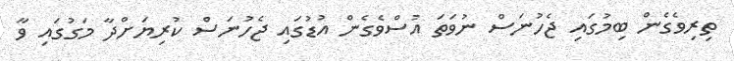
ތިރިވެގެން ބިމުގައި ޖެހުނަސް ނުވަތަ އުސްވެގެން އުޑުގައި ޖެހުނަސް ކުރިޔަށްދާ މަގުގައި ވާ